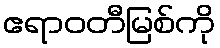
ဧရာဝတီမြစ်ကို